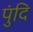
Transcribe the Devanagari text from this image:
पुंदि